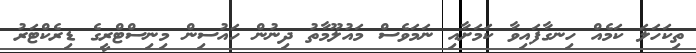
ތިކަހަލަ ކަމެއް ހިނގާފައިވާ ކަމަށާއި ނަމަވެސް މައުލޫމާތު ދިނުން ހައުސިން މިނިސްޓްރީގެ ޑިރެކްޓަރު